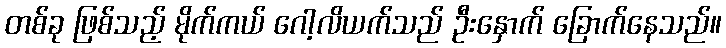
တစ်ခု ဖြစ်သည့် မိုက်ကယ် ဂေါ့လိယက်သည် ဦးနှောက် ခြောက်နေသည်။